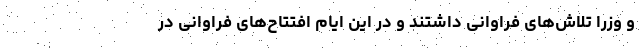
و وزرا تلاش‌های فراوانی داشتند و در این ایام افتتاح‌های فراوانی در